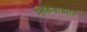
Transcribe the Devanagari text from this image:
भिडेवाड्यात